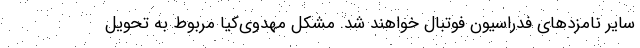
سایر نامزدهای فدراسیون فوتبال خواهند شد. مشکل مهدوی‌کیا مربوط به تحویل